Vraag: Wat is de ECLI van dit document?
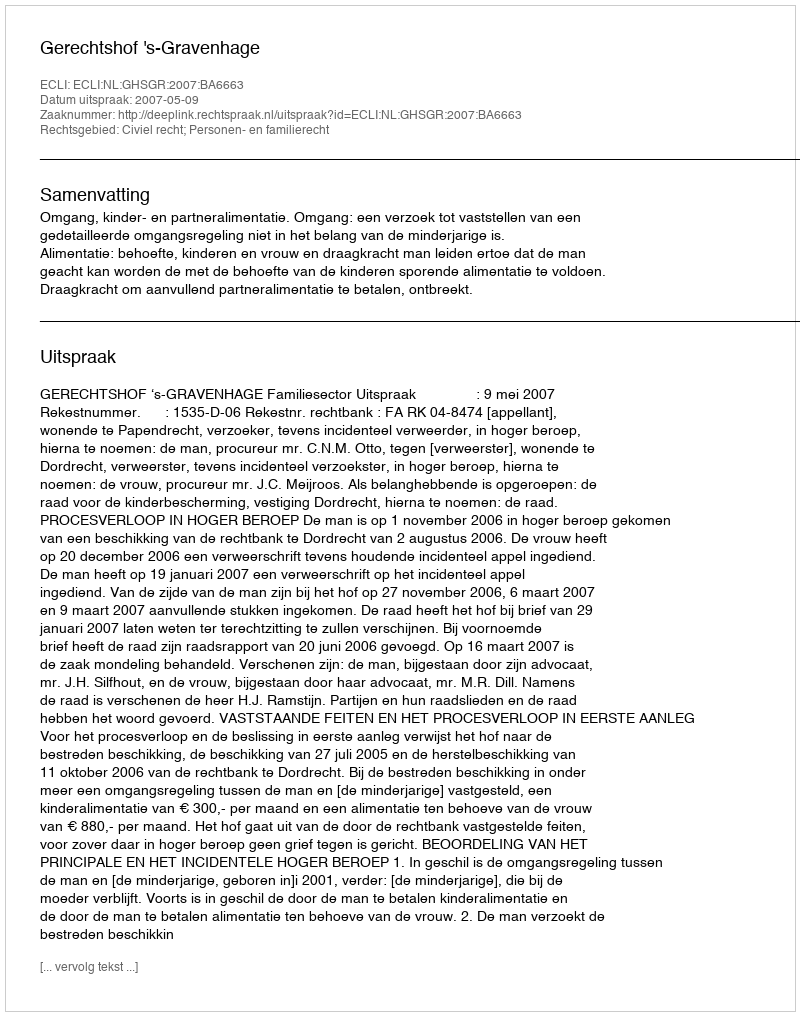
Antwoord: ECLI:NL:GHSGR:2007:BA6663